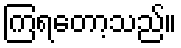
ကြရတော့သည်။